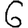
Digit: 6